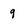
Character: 9